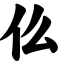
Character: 仫